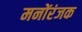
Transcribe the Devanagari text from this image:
मनोंरंजक